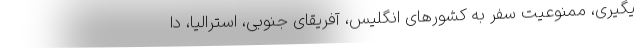
یگیری، ممنوعیت سفر به کشورهای انگلیس، آفریقای جنوبی، استرالیا، دا